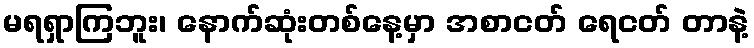
မရရှာကြဘူး၊ နောက်ဆုံးတစ်နေ့မှာ အစာငတ် ရေငတ် တာနဲ့